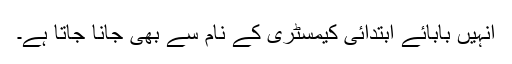
انہیں بابائے ابتدائی کیمسٹری کے نام سے بھی جانا جاتا ہے۔